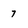
Character: 7